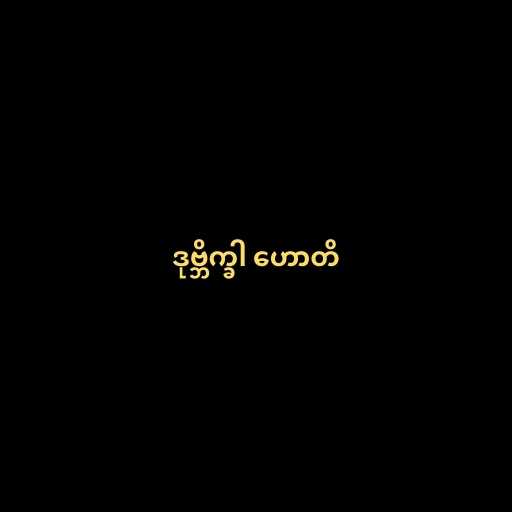
ဒုဗ္ဘိက္ခါ ဟောတိ